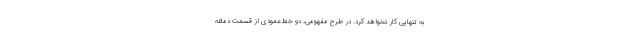
به تنهایی کار نخواهد کرد. در طرح مفهومی، دو خط عمودی از قسمت دماغه